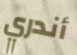
أندري